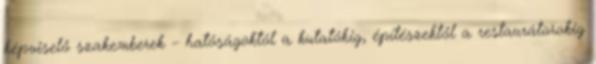
képviselő szakemberek – hatóságoktól a kutatókig, építészektől a restaurátorokig